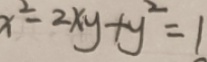
x ^ { 2 } - 2 x y + y ^ { 2 } = 1